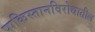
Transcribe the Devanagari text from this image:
पाकिस्तानविरोधातील